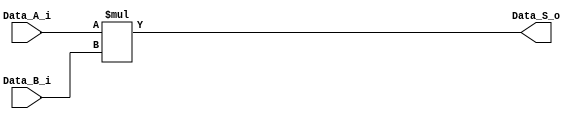
//==================================================================================================
//  Revision      : 
//  Company       : Instituto Tecnologico de Costa Rica
//
//  Description   : Combinational 2bit multiplier
//
//
//==================================================================================================

`timescale 1ns / 1ps

module cmult
    //#(parameter SW = 24, parameter precision = 0)
    #(parameter SW = 24)
    (
  //  input wire clk,
    input wire [SW-1:0] Data_A_i,
    input wire [SW-1:0] Data_B_i,
    output reg [2*SW-1:0] Data_S_o
    );

always @* begin
    Data_S_o = Data_A_i *Data_B_i ;
end

endmodule